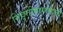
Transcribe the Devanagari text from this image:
निवृत्तीमार्गासाठी